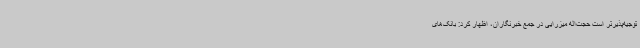
توجیه‌پذیرتر است حجت‌اله میزرایی در جمع خبرنگاران، اظهار کرد: بانک‌های